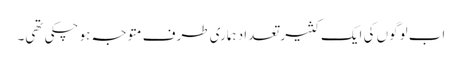
اب لوگوں کی ایک کثیر تعداد ہماری طرف متوجہ ہو چکی تھی۔